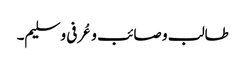
طالب و صائب و عُرفی و سلیم۔